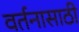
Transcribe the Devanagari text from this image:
वर्तनासाठी